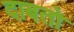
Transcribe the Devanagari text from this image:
दाबतो